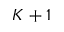
K + 1